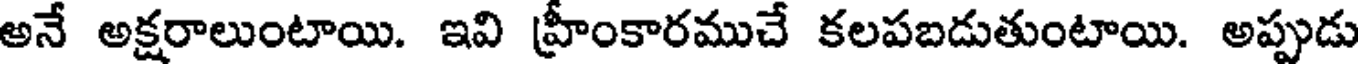
అనే అక్షరాలుంటాయి. ఇవి హ్రీంకారముచే కలపబడుతుంటాయి. అప్పుడు